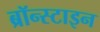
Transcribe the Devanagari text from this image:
ब्रॉन्स्टाइन